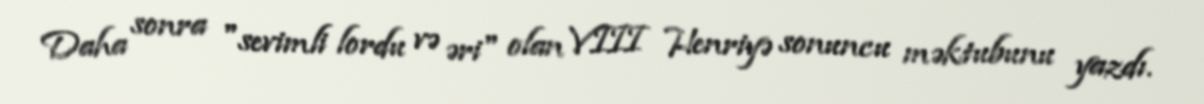
Daha sonra "sevimli lordu və əri" olan VIII Henriyə sonuncu məktubunu yazdı.